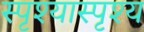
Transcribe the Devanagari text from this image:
स्पृश्‍यास्पृश्‍य